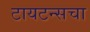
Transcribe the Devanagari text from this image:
टायटन्सचा